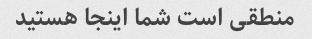
منطقی است شما اینجا هستید